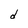
Character: d